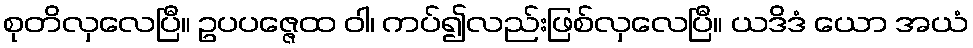
စုတိလှလေပြီ။ ဥပပဇ္ဇေထ ဝါ၊ ကပ်၍လည်းဖြစ်လှလေပြီ။ ယဒိဒံ ယော အယံ